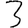
Digit: 3